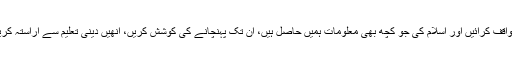
ہماری ذمہ داری ہے کہ ہم اسلامی تعلیمات سے انھیں واقف کرائیں اور اسلام کی جو کچھ بھی معلومات ہمیں حاصل ہیں، ان تک پہنچانے کی کوشش کریں، انھیں دینی تعلیم سے آراستہ کریں، ان کو ان کے حقوق اور ذمہ داریوں سے آگاہ کریں۔